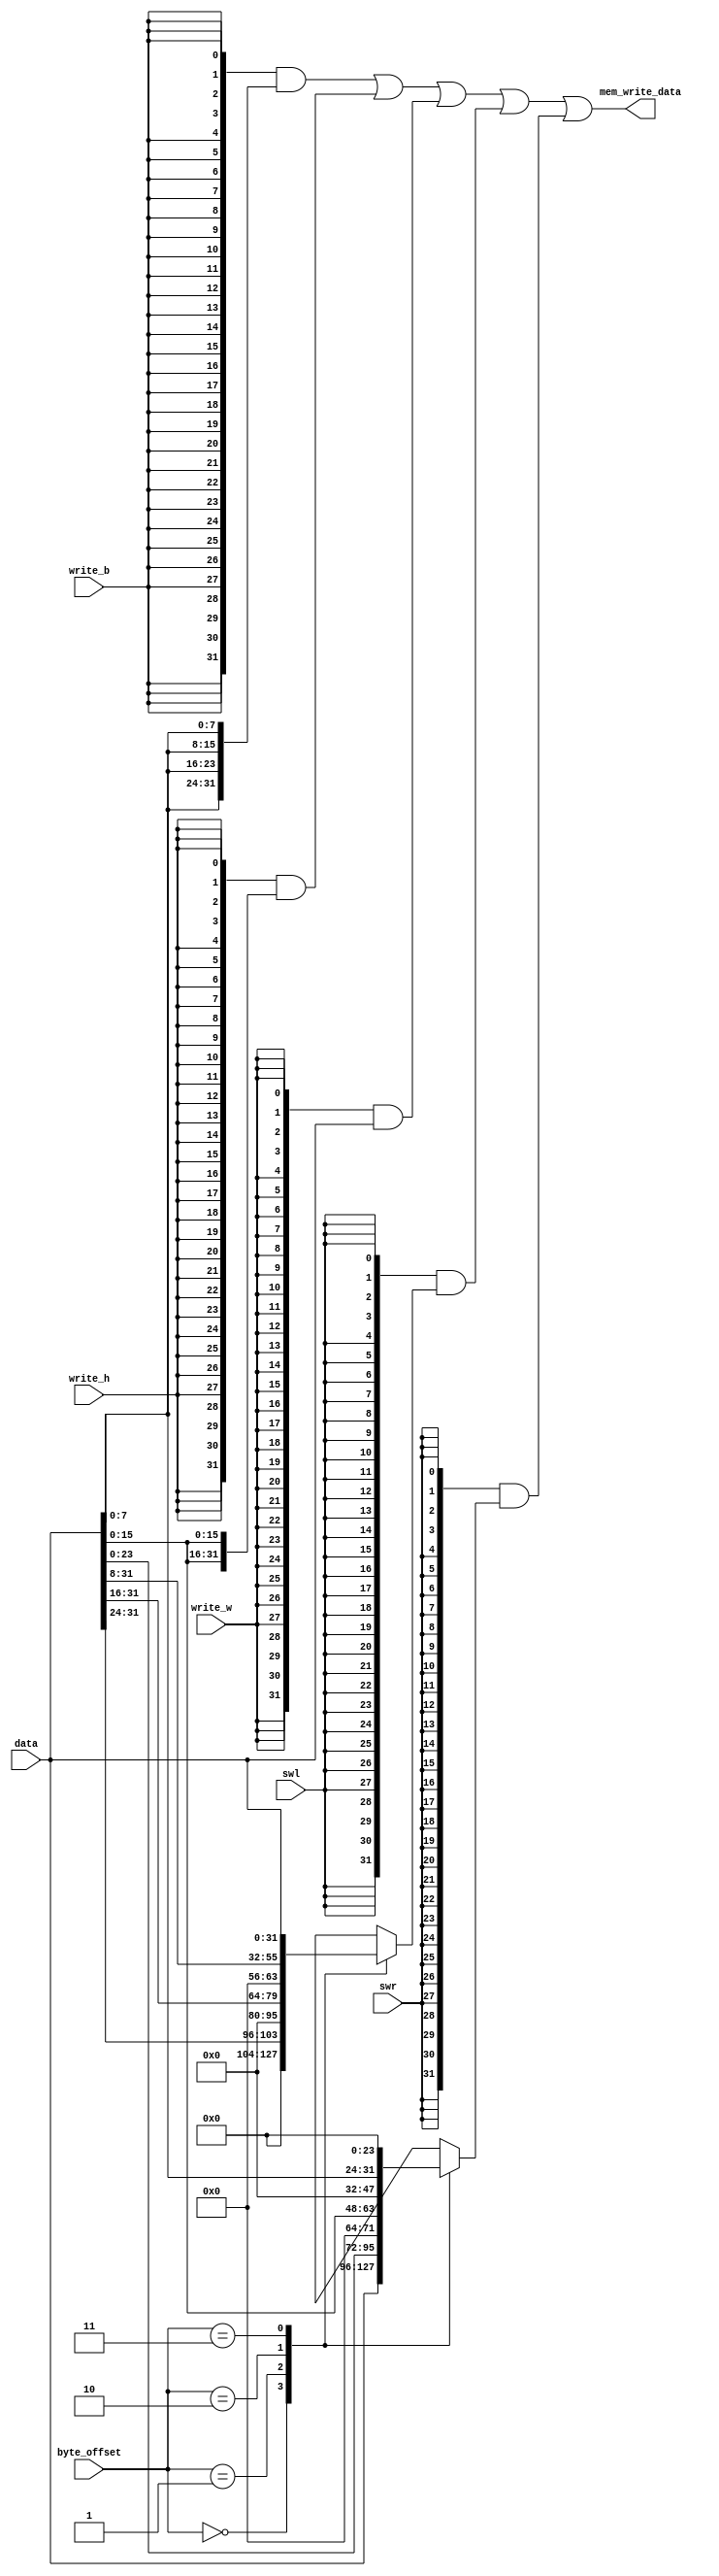
module mem_write_data_gen(
        input [31:0] data,
        input write_b,
        input write_h,
        input write_w,
        input swl,
        input swr,
        input [1:0] byte_offset,
        output [31:0] mem_write_data
    );
    wire [31:0] b = {4{data[0+:8]}};
    wire [31:0] h = {2{data[0+:16]}};

    genvar i;
    for (i = 0; i < 4; i = i + 1) begin :l
        localparam len = i * 8 + 8;
        localparam shift_amount = 31 - (len - 1);
        wire [31:0] shifted = data >> shift_amount;
    end
    wire [31:0] swl_data [3:0];
    for (i = 0; i < 4; i = i + 1) begin
        assign swl_data[i] = l[i].shifted;
    end

    for (i = 0; i < 4; i = i + 1) begin :r
        localparam len = 32 - i * 8;
        localparam shift_amount = 31 - (len - 1);
        wire [31:0] shifted = data << shift_amount;
    end
    wire [31:0] swr_data [3:0];
    for (i = 0; i < 4; i = i + 1) begin
        assign swr_data[i] = r[i].shifted;
    end

    assign mem_write_data =
           ({32{write_b}} & b)
           | ({32{write_h}} & h)
           | ({32{write_w}} & data)
           | ({32{swl}} & swl_data[byte_offset])
           | ({32{swr}} & swr_data[byte_offset]);
endmodule